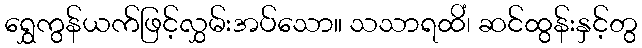
ရွှေကွန်ယက်ဖြင့်လွှမ်းအပ်သော။ သသာရထိံ၊ ဆင်ထွန်းနှင့်တွ